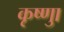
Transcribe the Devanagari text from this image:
कृष्णाु